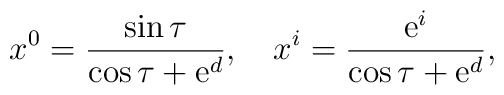
x^0 = \frac {\sin \tau}{\cos \tau + {\rm e}^d},\ \ \ x^i = \frac {{\rm e}^i}{\cos \tau + {\rm e}^d},